Vaccination report Assam 1896-1927 - 1896-1927
Year: 1896
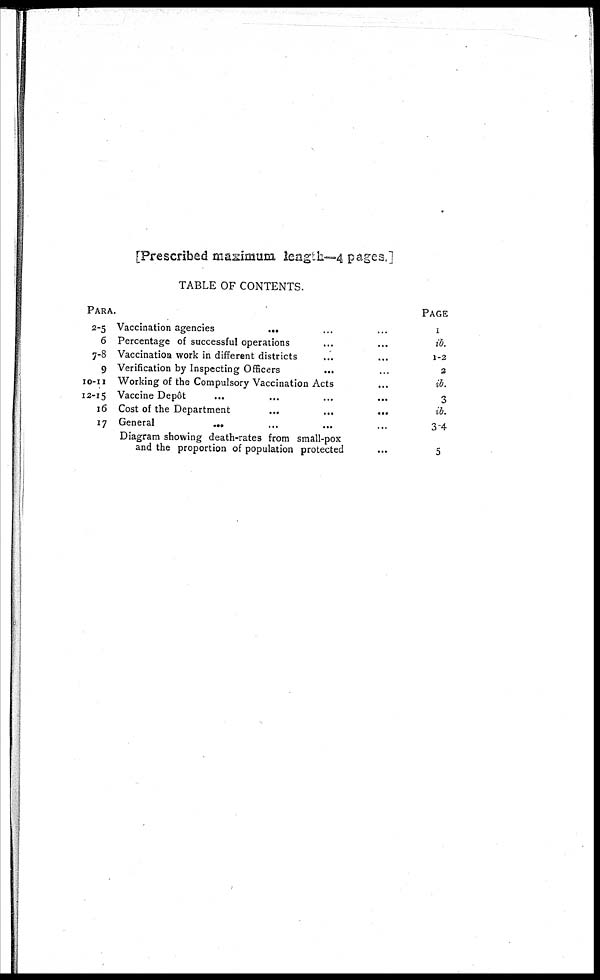
[Prescribed maximum length—4 pages.]
TABLE OF CONTENTS.
PARA.
2-5 Vaccination agencies... ... ...
6 Percentage of successful operations... ...
7-8 Vaccination work in different districts... ...
9 Verification by Inspecting Officers... ... ...
10-11 Working of the Compulsory Vaccination Acts... ...
12-15 Vaccine
Depôt...
...
...
...
16 Cost of the
Department...
...
...
17
General...
...
...
...
Diagram showing death-rates from small-pox
and the proportion of population protected
PAGE
1
ib.
1-2
2
ib.
3
ib.
3-4
5